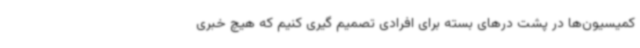
کمیسیون‌ها در پشت درهای بسته برای افرادی تصمیم گیری کنیم که هیچ خبری